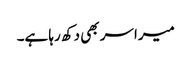
میرا سر بھی دکھ رہا ہے۔